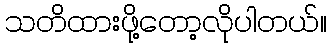
သတိထားဖို့တော့လိုပါတယ်။